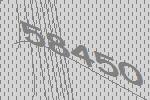
58450